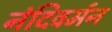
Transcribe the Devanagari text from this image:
नंदिवर्मन